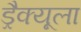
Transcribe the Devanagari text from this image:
ड्रैक्यूला